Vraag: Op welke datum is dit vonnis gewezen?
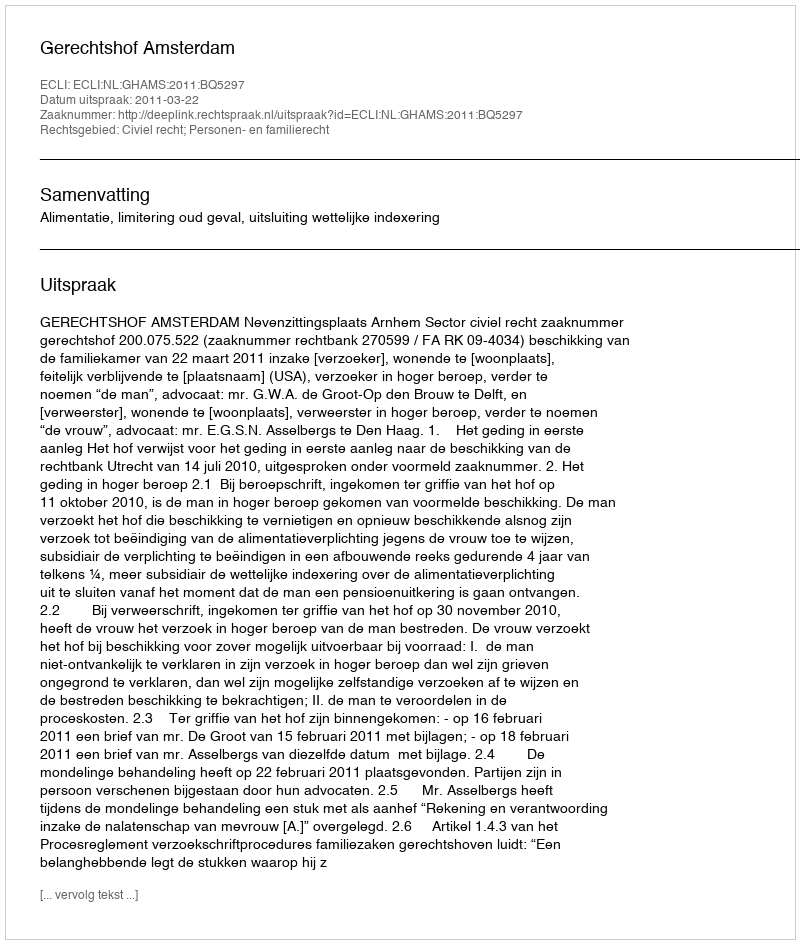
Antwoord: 2011-03-22